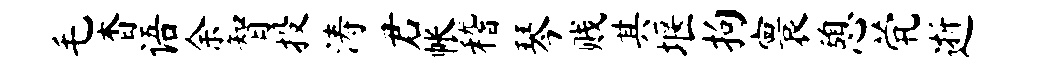
毛杳语余智投涛君帐稽琴贱其堰拘寰憩茕逝